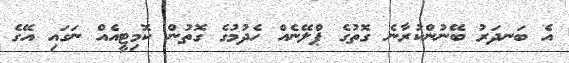
އެ ބަނދަރު ބޭނުންކުރާނެ ގޮތުގެ ޕްލޭނެއް ހެދުމުގެ ގޮތުން ކޮމިޓީއެއް ނަގައި އޭގެ